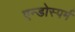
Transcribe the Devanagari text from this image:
एन्डोस्पर्म